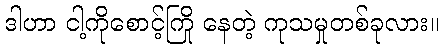
ဒါဟာ ငါ့ကိုစောင့်ကြို နေတဲ့ ကုသမှုတစ်ခုလား။